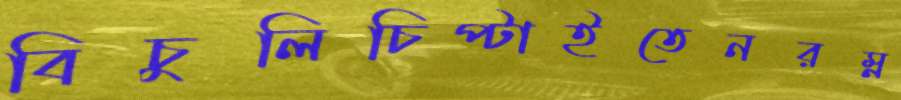
বিচুলিচিপ্‌টাইতেনরম্ন